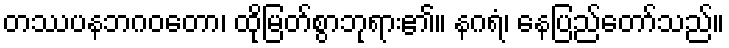
တဿပနဘဂဝတော၊ ထိုမြတ်စွာဘုရား၏။ နဂရံ၊ နေပြည်တော်သည်။